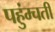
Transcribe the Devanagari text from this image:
पहुंम्चती